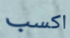
اكسب